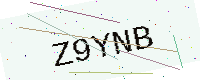
Text: Z9YNB